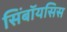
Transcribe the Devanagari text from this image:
सिंबॉयसिस